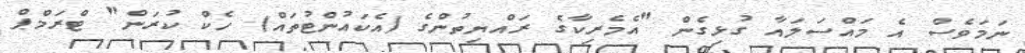
ނަމަވެސް އެ މައްސަލައާ ގުޅިގެން "އެމެރިކާގެ ރައްޔިތުންގެ (އެކައުންޓުތައް) ހެކް ކުރަން" ޓްރަމްޕް